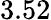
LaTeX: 3.52